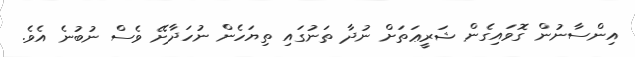
އިންސާނުން ގޮވައިގެން ޝަރީޢަތަށް ނުދާ ތަނުގައި ތިޔަހެން ނުހަދާށޭ ވެސް ނުބުނެ އެވެ.